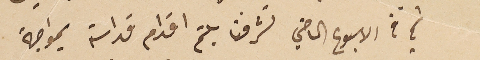
ثم في الاسبوع الماضي تشرفنا بلثم اقدام قداسته بمواجهة